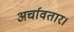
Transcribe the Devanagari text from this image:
अर्चावतार।